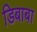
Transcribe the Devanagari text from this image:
डिबाबा